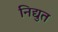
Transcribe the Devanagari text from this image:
निद्युत